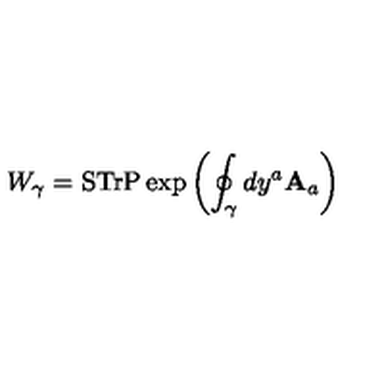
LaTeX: W _ { \gamma } = \mathrm { S T r P } \exp \left( \oint _ { \gamma } d y ^ { a } { \bf A } _ { a } \right)